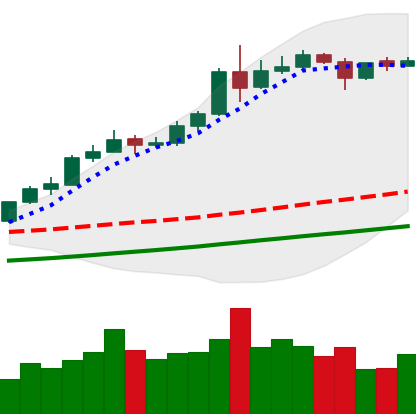
Ticker: ETH-USD
Chart end date: 2020-08-10
Forward return: 9.464%
Label: up_7plus